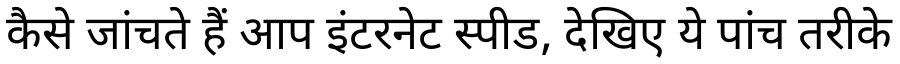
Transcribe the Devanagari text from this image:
कैसे जांचते हैं आप इंटरनेट स्पीड, देखिए ये पांच तरीके